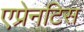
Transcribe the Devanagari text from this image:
एप्रेनटिस